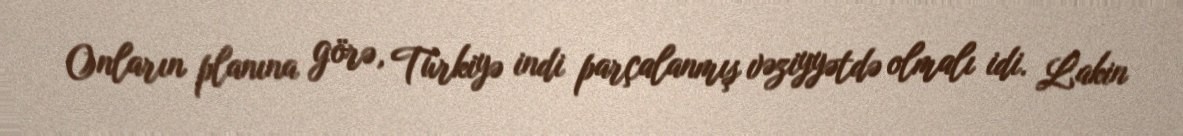
Onların planına görə, Türkiyə indi parçalanmış vəziyyətdə olmalı idi. Lakin